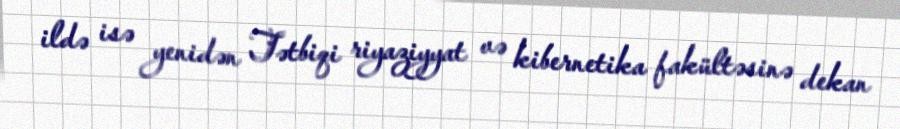
ildə isə yenidən Tətbiqi riyaziyyat və kibernetika fakültəsinə dekan